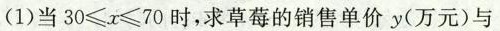
(1)当$$3 0 ≤ x ≤ 7 0$$时，求草莓的销售单价y(万元)与